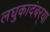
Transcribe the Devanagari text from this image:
लघुकादंबर्‍या